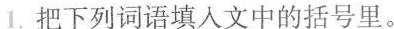
1.把下列词语填人文中的括号里。